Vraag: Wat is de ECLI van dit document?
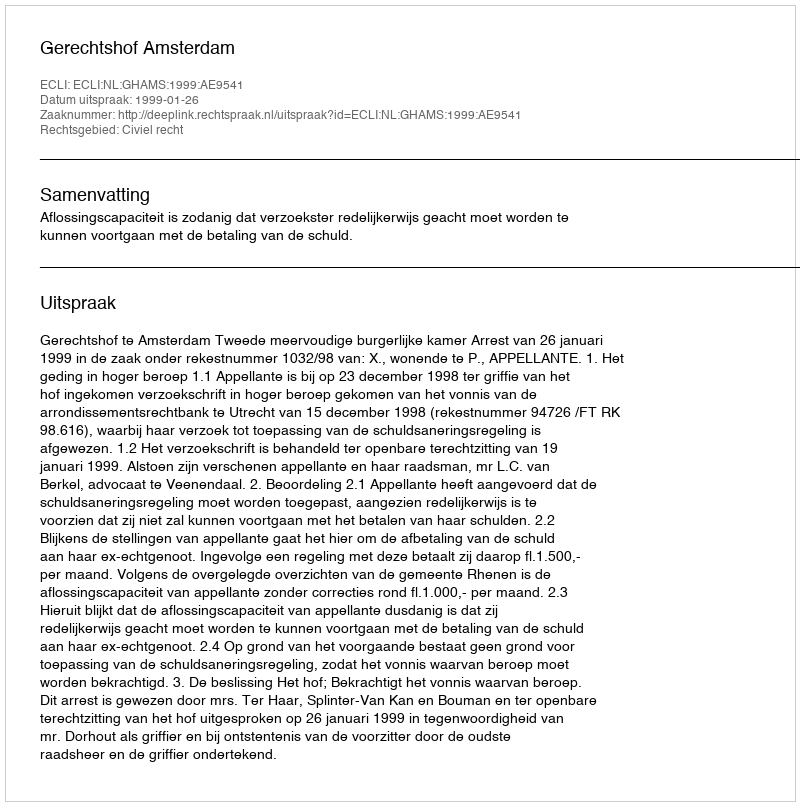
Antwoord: ECLI:NL:GHAMS:1999:AE9541